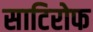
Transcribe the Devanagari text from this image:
साटिरोफ